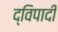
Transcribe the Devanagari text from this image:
द्विपादी